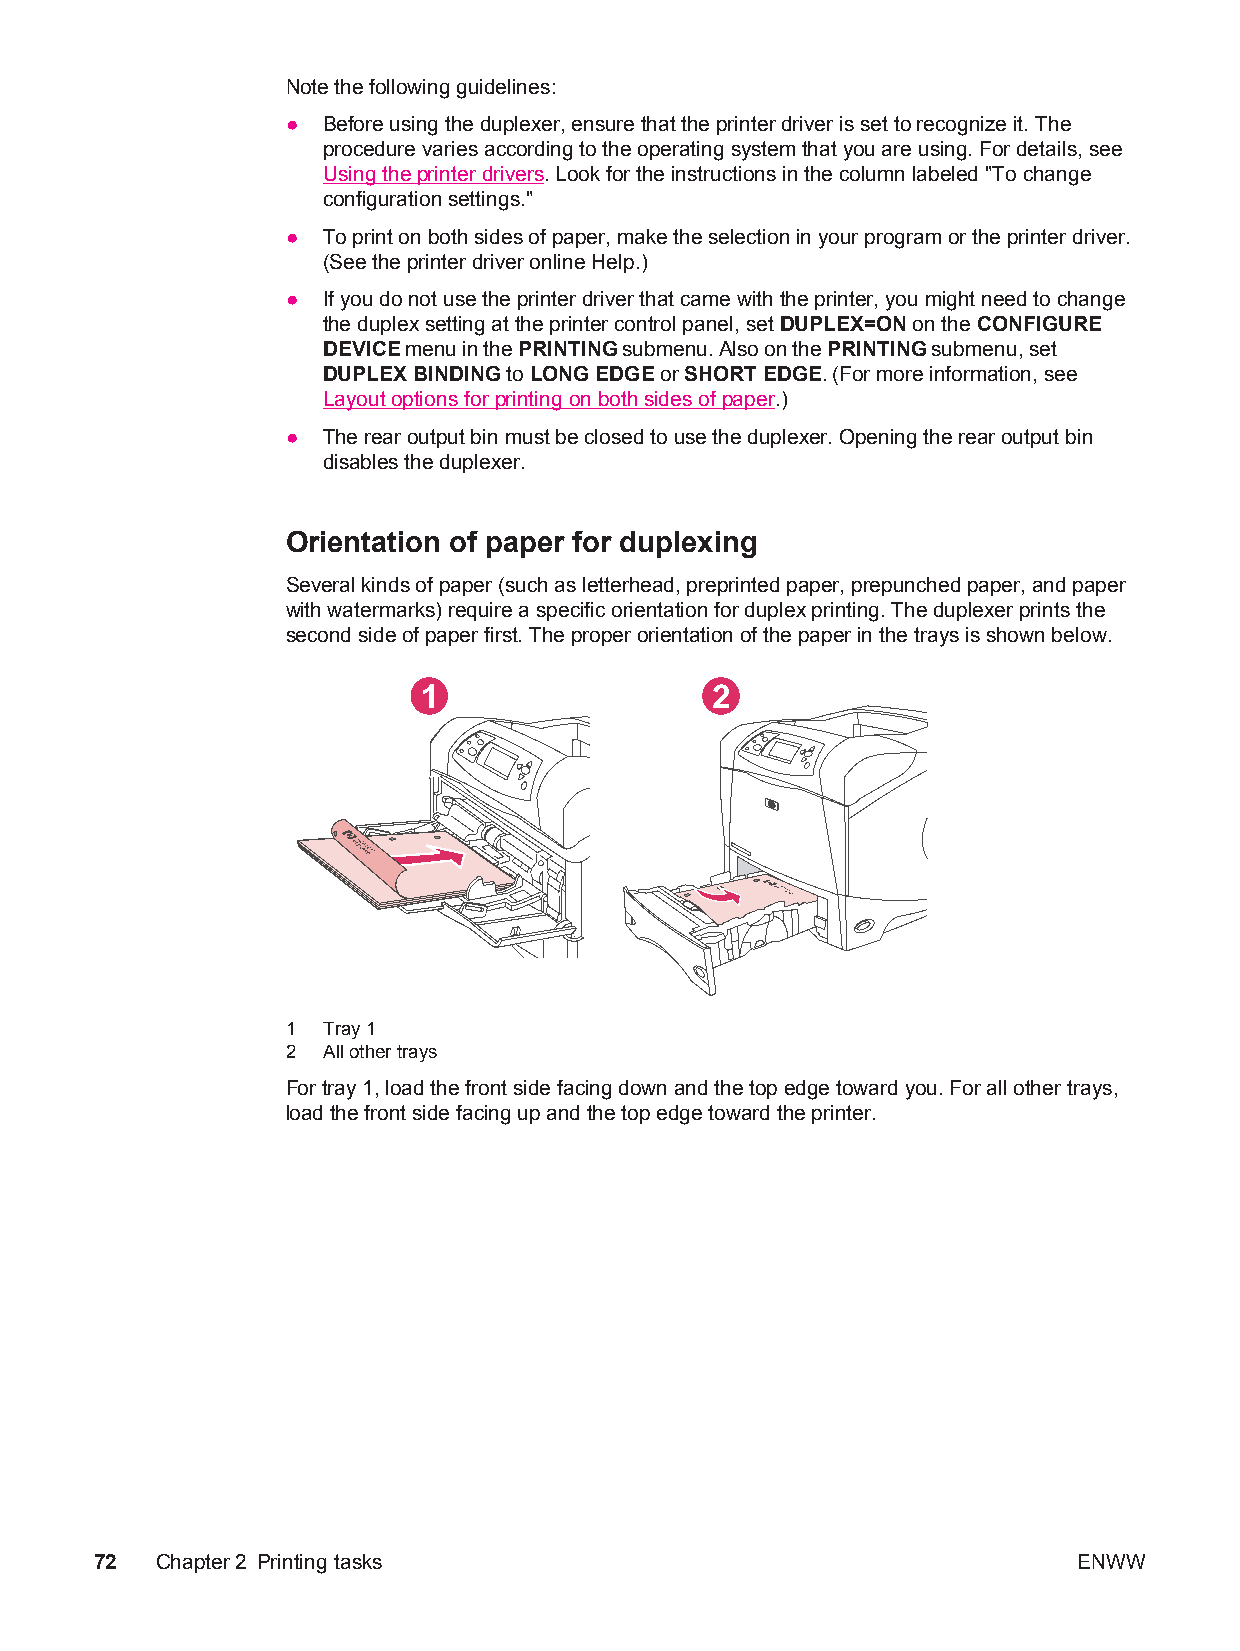
Note the following guidelines:
 ● Before using the duplexer, ensure that the printer driver is set to recognize it. The
 procedure varies according to the operating system that you are using. For details, see
 Using the printer drivers. Look for the instructions in the column labeled "To change
 configuration settings."
 ● To print on both sides of paper, make the selection in your program or the printer driver.
 (See the printer driver online Help.)
 ● If you do not use the printer driver that came with the printer, you might need to change
 the duplex setting at the printer control panel, set DUPLEX=ON on the CONFIGURE
 DEVICE menu in the PRINTING submenu. Also on the PRINTING submenu, set
 DUPLEX BINDING to LONG EDGE or SHORT EDGE. (For more information, see
 Layout options for printing on both sides of paper.)
 ● The rear output bin must be closed to use the duplexer. Opening the rear output bin
 disables the duplexer.
 Orientation of paper for duplexing
 Several kinds of paper (such as letterhead, preprinted paper, prepunched paper, and paper
 with watermarks) require a specific orientation for duplex printing. The duplexer prints the
 second side of paper first. The proper orientation of the paper in the trays is shown below.
 1                  2
 1 Tray 1
 2 All other trays
 For tray 1, load the front side facing down and the top edge toward you. For all other trays,
 load the front side facing up and the top edge toward the printer.
 72  Chapter2 Printing tasks                                      ENWW